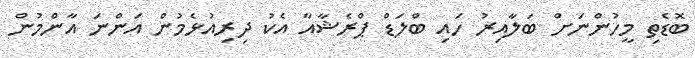
ބޮޑެތި މީހުންނަށް ބަލާއިރު ހައި ބްލަޑް ޕްރެޝާއާ އެކު ދިރިއުޅެމުން އަންނަ އާންމުން